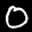
Label: 0